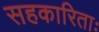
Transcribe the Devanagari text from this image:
सहकारिताः